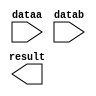
// megafunction wizard: %LPM_MULT%VBB%
// GENERATION: STANDARD
// VERSION: WM1.0
// MODULE: lpm_mult 

// ============================================================
// Megafunction Name(s):
// 			lpm_mult
//
// Simulation Library Files(s):
// 			lpm
// ============================================================
// ************************************************************
// THIS IS A WIZARD-GENERATED FILE. DO NOT EDIT THIS FILE!
//
// 20.1.1 Build 720 11/11/2020 SJ Lite Edition
// ************************************************************

//Copyright (C) 2020  Intel Corporation. All rights reserved.
//Your use of Intel Corporation's design tools, logic functions 
//and other software and tools, and any partner logic 
//functions, and any output files from any of the foregoing 
//(including device programming or simulation files), and any 
//associated documentation or information are expressly subject 
//to the terms and conditions of the Intel Program License 
//Subscription Agreement, the Intel Quartus Prime License Agreement,
//the Intel FPGA IP License Agreement, or other applicable license
//agreement, including, without limitation, that your use is for
//the sole purpose of programming logic devices manufactured by
//Intel and sold by Intel or its authorized distributors.  Please
//refer to the applicable agreement for further details, at
//https://fpgasoftware.intel.com/eula.

module mult_gates (
	dataa,
	datab,
	result);

	input	[7:0]  dataa;
	input	[7:0]  datab;
	output	[15:0]  result;

endmodule

// ============================================================
// CNX file retrieval info
// ============================================================
// Retrieval info: PRIVATE: AutoSizeResult NUMERIC "1"
// Retrieval info: PRIVATE: B_isConstant NUMERIC "0"
// Retrieval info: PRIVATE: ConstantB NUMERIC "0"
// Retrieval info: PRIVATE: INTENDED_DEVICE_FAMILY STRING "Cyclone IV E"
// Retrieval info: PRIVATE: LPM_PIPELINE NUMERIC "0"
// Retrieval info: PRIVATE: Latency NUMERIC "0"
// Retrieval info: PRIVATE: SYNTH_WRAPPER_GEN_POSTFIX STRING "1"
// Retrieval info: PRIVATE: SignedMult NUMERIC "0"
// Retrieval info: PRIVATE: USE_MULT NUMERIC "1"
// Retrieval info: PRIVATE: ValidConstant NUMERIC "0"
// Retrieval info: PRIVATE: WidthA NUMERIC "8"
// Retrieval info: PRIVATE: WidthB NUMERIC "8"
// Retrieval info: PRIVATE: WidthP NUMERIC "16"
// Retrieval info: PRIVATE: aclr NUMERIC "0"
// Retrieval info: PRIVATE: clken NUMERIC "0"
// Retrieval info: PRIVATE: new_diagram STRING "1"
// Retrieval info: PRIVATE: optimize NUMERIC "1"
// Retrieval info: LIBRARY: lpm lpm.lpm_components.all
// Retrieval info: CONSTANT: LPM_HINT STRING "DEDICATED_MULTIPLIER_CIRCUITRY=NO,MAXIMIZE_SPEED=9"
// Retrieval info: CONSTANT: LPM_REPRESENTATION STRING "UNSIGNED"
// Retrieval info: CONSTANT: LPM_TYPE STRING "LPM_MULT"
// Retrieval info: CONSTANT: LPM_WIDTHA NUMERIC "8"
// Retrieval info: CONSTANT: LPM_WIDTHB NUMERIC "8"
// Retrieval info: CONSTANT: LPM_WIDTHP NUMERIC "16"
// Retrieval info: USED_PORT: dataa 0 0 8 0 INPUT NODEFVAL "dataa[7..0]"
// Retrieval info: USED_PORT: datab 0 0 8 0 INPUT NODEFVAL "datab[7..0]"
// Retrieval info: USED_PORT: result 0 0 16 0 OUTPUT NODEFVAL "result[15..0]"
// Retrieval info: CONNECT: @dataa 0 0 8 0 dataa 0 0 8 0
// Retrieval info: CONNECT: @datab 0 0 8 0 datab 0 0 8 0
// Retrieval info: CONNECT: result 0 0 16 0 @result 0 0 16 0
// Retrieval info: GEN_FILE: TYPE_NORMAL mult_gates.v TRUE
// Retrieval info: GEN_FILE: TYPE_NORMAL mult_gates.inc FALSE
// Retrieval info: GEN_FILE: TYPE_NORMAL mult_gates.cmp FALSE
// Retrieval info: GEN_FILE: TYPE_NORMAL mult_gates.bsf FALSE
// Retrieval info: GEN_FILE: TYPE_NORMAL mult_gates_inst.v FALSE
// Retrieval info: GEN_FILE: TYPE_NORMAL mult_gates_bb.v TRUE
// Retrieval info: GEN_FILE: TYPE_NORMAL mult_gates_syn.v TRUE
// Retrieval info: LIB_FILE: lpm